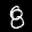
Label: 8